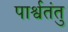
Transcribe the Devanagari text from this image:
पार्श्वतंतु